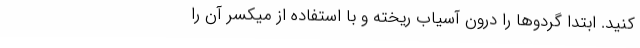
کنید. ابتدا گردوها را درون آسیاب ریخته و با استفاده از میکسر آن را